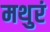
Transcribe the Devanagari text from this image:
मथुरं